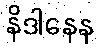
နိဒါနေန